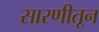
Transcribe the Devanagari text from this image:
सारणीतून